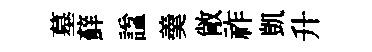
墓蘚諡羮敞祚凱升